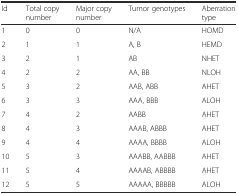
| Id | Total copy number | Major copy number | Tumor genotypes | Aberration type |
 | --- | --- | --- | --- | --- |
 | 1 | 0 | 0 | N/A | HOMD |
 | 2 | 1 | 1 | A, B | HEMD |
 | 3 | 2 | 1 | AB | NHET |
 | 4 | 2 | 2 | AA, BB | NLOH |
 | 5 | 3 | 2 | AAB, ABB | AHET |
 | 6 | 3 | 3 | AAA, BBB | ALOH |
 | 7 | 4 | 2 | AABB | AHET |
 | 8 | 4 | 3 | AAAB, ABBB | AHET |
 | 9 | 4 | 4 | AAAA, BBBB | ALOH |
 | 10 | 5 | 3 | AAABB, AABBB | AHET |
 | 11 | 5 | 4 | AAAAB, ABBBB | AHET |
 | 12 | 5 | 5 | AAAAA, BBBBB | ALOH |